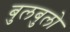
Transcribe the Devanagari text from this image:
बुलबुलो